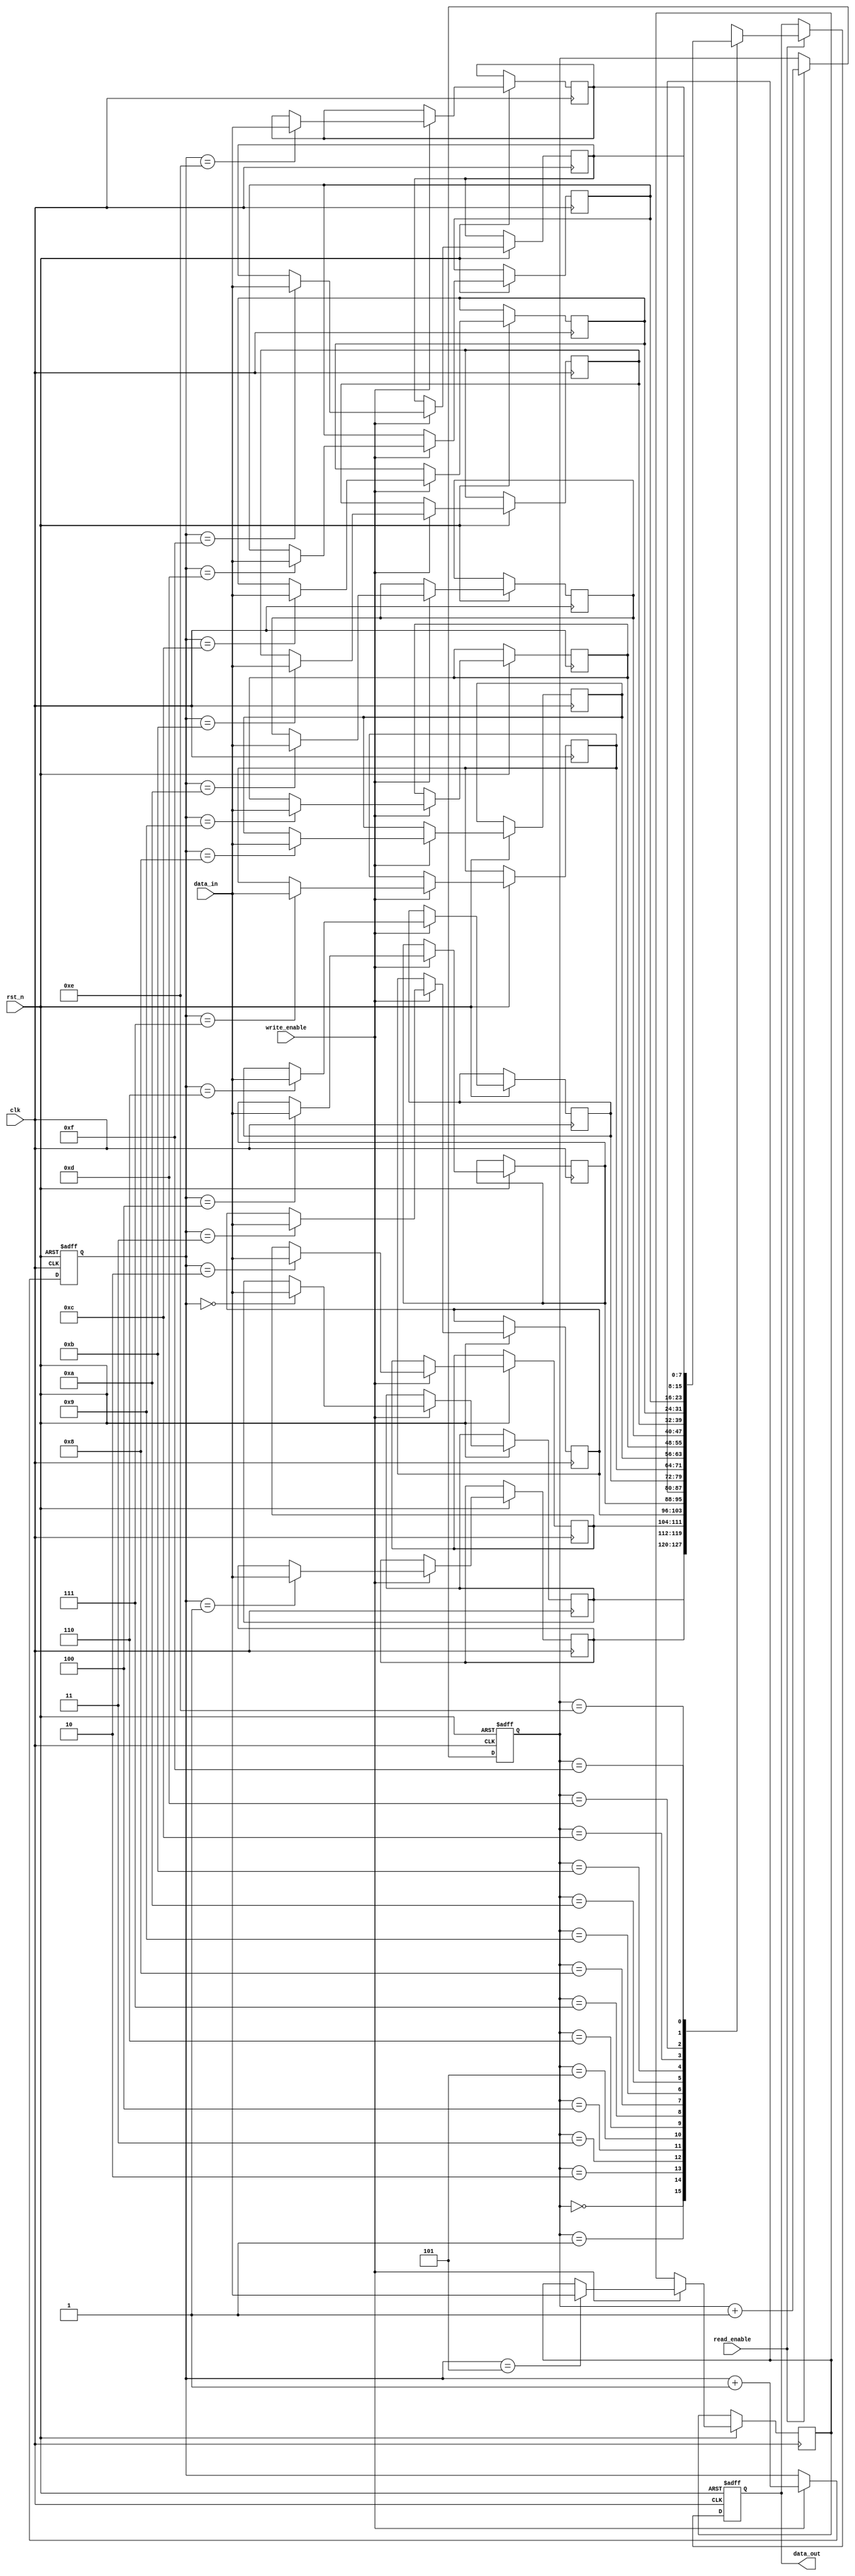
module fifo_buffer(
    input wire clk,            // Clock signal
    input wire rst_n,          // Reset signal
    input wire write_enable,   // Write enable signal
    input wire read_enable,    // Read enable signal
    input wire [7:0] data_in,  // Data input
    output reg [7:0] data_out  // Data output
);

reg [7:0] buffer [0:15];      // FIFO buffer array
reg [3:0] write_ptr;          // Write pointer
reg [3:0] read_ptr;           // Read pointer

// Write process
always @(posedge clk or negedge rst_n) begin
    if (~rst_n) begin
        write_ptr <= 4'b0000; // Reset write pointer
    end else if (write_enable) begin
        buffer[write_ptr] <= data_in;
        write_ptr <= write_ptr + 1;
    end
end

// Read process
always @(posedge clk or negedge rst_n) begin
    if (~rst_n) begin
        read_ptr <= 4'b0000; // Reset read pointer
        data_out <= 8'b00000000; // Reset data out
    end else if (read_enable) begin
        data_out <= buffer[read_ptr];
        read_ptr <= read_ptr + 1;
    end
end

endmodule